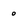
Character: o